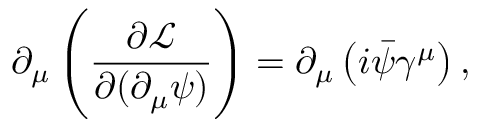
\partial _ { \mu } \left( { \frac { \partial { \mathcal { L } } } { \partial ( \partial _ { \mu } \psi ) } } \right) = \partial _ { \mu } \left( i { \bar { \psi } } \gamma ^ { \mu } \right) ,